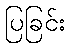
ပြခြင်း